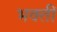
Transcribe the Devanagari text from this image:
भक्तीं